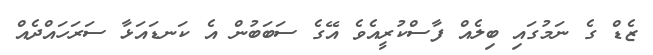
ޒެޑް ގެ ނަމުގައި ބިލެއް ފާސްކުރީއެވެ އޭގެ ސަބަބުން އެ ކަނޑައަޅާ ސަރަހައްދެއް